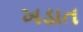
ખડાત